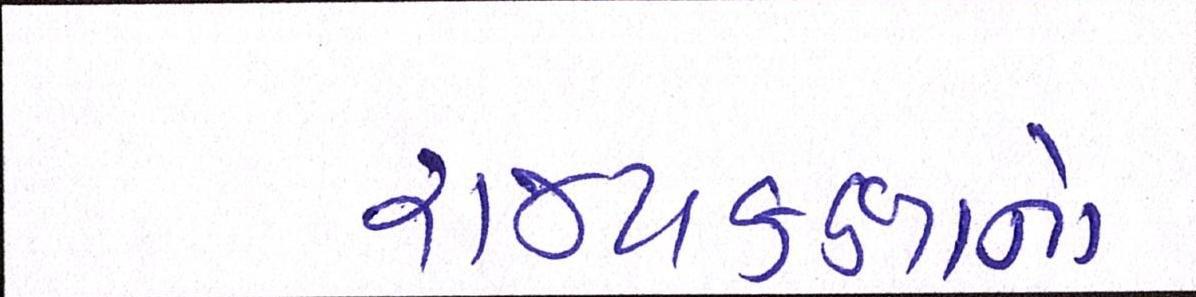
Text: રાજ્યકક્ષાનો